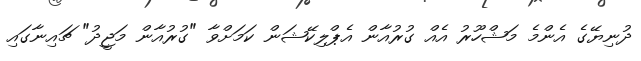
ދުނިޔޭގެ އެންމެ މަޝްހޫރު އެއް ގުރުއާން އެޕްލިކޭޝަން ކަމަށްވާ "ގުރުއާން މަޖީދު" ޗައިނާގައި